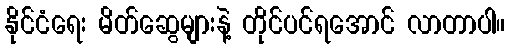
နိုင်ငံရေး မိတ်ဆွေများနဲ့ တိုင်ပင်ရအောင် လာတာပါ။